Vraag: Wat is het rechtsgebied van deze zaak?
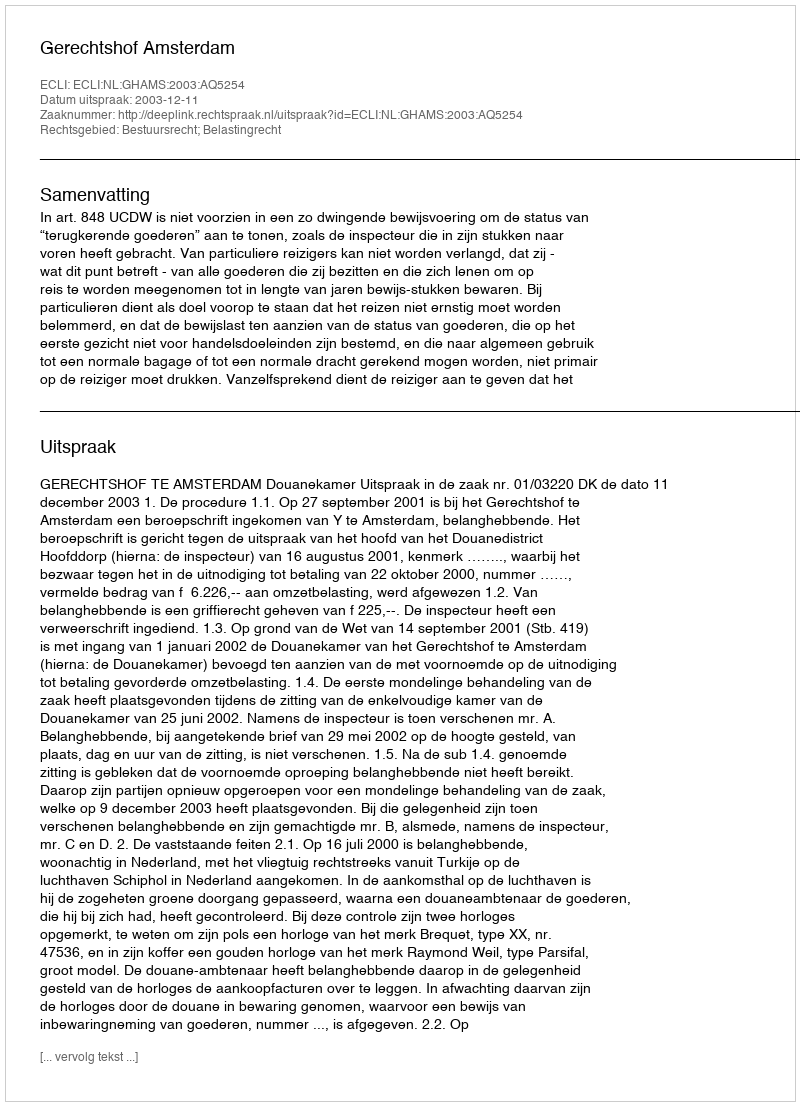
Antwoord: Bestuursrecht; Belastingrecht